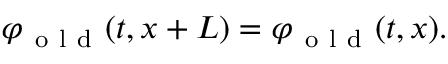
\begin{array} { r } { \varphi _ { \mathrm { ~ o ~ l ~ d ~ } } ( t , x + L ) = \varphi _ { \mathrm { ~ o ~ l ~ d ~ } } ( t , x ) . } \end{array}